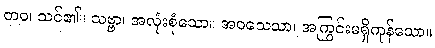
တဝ၊ သင်၏။ သဗ္ဗာ၊ အလုံးစုံသော။ အဝသေသာ၊ အကြွင်းမရှိကုန်သော။